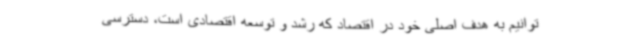
توانیم به هدف اصلی خود در اقتصاد که رشد و توسعه اقتصادی است، دسترسی